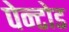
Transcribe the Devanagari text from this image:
पेन्टोड